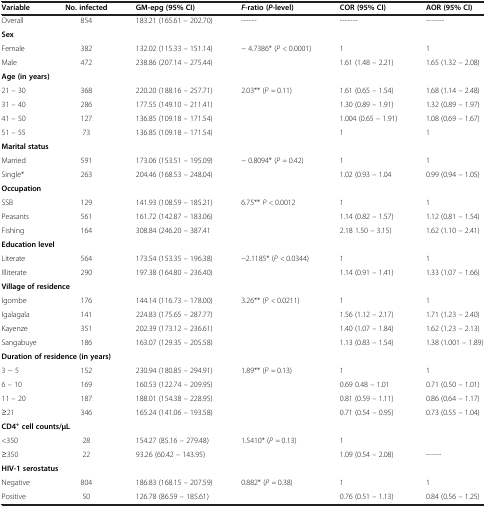
<table><thead><tr><td><b>Variable</b></td><td><b>No. infected</b></td><td><b>GM-epg (95% CI)</b></td><td><b><i>F</i>-ratio (<i>P</i>-level)</b></td><td><b>COR (95% CI)</b></td><td><b>AOR (95% CI)</b></td></tr></thead><tbody><tr><td>Overall</td><td>854</td><td>183.21 (165.61 – 202.70)</td><td>------</td><td>-------</td><td>-------</td></tr><tr><td colspan="6"><b>Sex</b></td></tr><tr><td>Female</td><td>382</td><td>132.02 (115.33 – 151.14)</td><td rowspan="2">− 4.7386* (<i>P &lt;</i> 0.0001)</td><td>1</td><td>1</td></tr><tr><td>Male</td><td>472</td><td>238.86 (207.14 – 275.44)</td><td>1.61 (1.48 – 2.21)</td><td>1.65 (1.32 – 2.08)</td></tr><tr><td colspan="6"><b>Age (in years)</b></td></tr><tr><td>21 – 30</td><td>368</td><td>220.20 (188.16 – 257.71)</td><td rowspan="4">2.03** (<i>P =</i> 0.11)</td><td>1.61 (0.65 – 1.54)</td><td>1.68 (1.14 – 2.48)</td></tr><tr><td>31 – 40</td><td>286</td><td>177.55 (149.10 – 211.41)</td><td>1.30 (0.89 – 1.91)</td><td>1.32 (0.89 – 1.97)</td></tr><tr><td>41 – 50</td><td>127</td><td>136.85 (109.18 – 171.54)</td><td>1.004 (0.65 – 1.91)</td><td>1.08 (0.69 – 1.67)</td></tr><tr><td>51 – 55</td><td>73</td><td>136.85 (109.18 – 171.54)</td><td>1</td><td>1</td></tr><tr><td colspan="6"><b>Marital status</b></td></tr><tr><td>Married</td><td>591</td><td>173.06 (153.51 – 195.09)</td><td rowspan="2">− 0.8094* (<i>P =</i> 0.42)</td><td>1</td><td>1</td></tr><tr><td>Single*</td><td>263</td><td>204.46 (168.53 – 248.04)</td><td>1.02 (0.93 – 1.04</td><td>0.99 (0.94 – 1.05)</td></tr><tr><td colspan="6"><b>Occupation</b></td></tr><tr><td>SSB</td><td>129</td><td>141.93 (108.59 – 185.21)</td><td rowspan="3">6.75** <i>P &lt;</i> 0.0012</td><td>1</td><td>1</td></tr><tr><td>Peasants</td><td>561</td><td>161.72 (142.87 – 183.06)</td><td>1.14 (0.82 – 1.57)</td><td>1.12 (0.81 – 1.54)</td></tr><tr><td>Fishing</td><td>164</td><td>308.84 (246.20 – 387.41</td><td>2.18 1.50 – 3.15)</td><td>1.62 (1.10 – 2.41)</td></tr><tr><td colspan="6"><b>Education level</b></td></tr><tr><td>Literate</td><td>564</td><td>173.54 (153.35 – 196.38)</td><td rowspan="2">−2.1185* (<i>P &lt;</i> 0.0344)</td><td>1</td><td>1</td></tr><tr><td>Illiterate</td><td>290</td><td>197.38 (164.80 – 236.40)</td><td>1.14 (0.91 – 1.41)</td><td>1.33 (1.07 – 1.66)</td></tr><tr><td colspan="6"><b>Village of residence</b></td></tr><tr><td>Igombe</td><td>176</td><td>144.14 (116.73 – 178.00)</td><td rowspan="4">3.26** (<i>P &lt;</i> 0.0211)</td><td>1</td><td>1</td></tr><tr><td>Igalagala</td><td>141</td><td>224.83 (175.65 – 287.77)</td><td>1.56 (1.12 – 2.17)</td><td>1.71 (1.23 – 2.40)</td></tr><tr><td>Kayenze</td><td>351</td><td>202.39 (173.12 – 236.61)</td><td>1.40 (1.07 – 1.84)</td><td>1.62 (1.23 – 2.13)</td></tr><tr><td>Sangabuye</td><td>186</td><td>163.07 (129.35 – 205.58)</td><td>1.13 (0.83 – 1.54)</td><td>1.38 (1.001 – 1.89)</td></tr><tr><td colspan="6"><b>Duration of residence (in years)</b></td></tr><tr><td>3 − 5</td><td>152</td><td>230.94 (180.85 – 294.91)</td><td rowspan="2">1.89** (<i>P =</i> 0.13)</td><td>1</td><td>1</td></tr><tr><td>6 – 10</td><td>169</td><td>160.53 (122.74 – 209.95)</td><td>0.69 0.48 – 1.01</td><td>0.71 (0.50 – 1.01)</td></tr><tr><td>11 – 20</td><td>187</td><td>188.01 (154.38 – 228.95)</td><td rowspan="2"></td><td>0.81 (0.59 – 1.11)</td><td>0.86 (0.64 – 1.17)</td></tr><tr><td>≥21</td><td>346</td><td>165.24 (141.06 – 193.58)</td><td>0.71 (0.54 – 0.95)</td><td>0.73 (0.55 – 1.04)</td></tr><tr><td colspan="6"><b>CD4</b><sup><b>+</b></sup><b>cell counts/μL</b></td></tr><tr><td>&lt;350</td><td>28</td><td>154.27 (85.16 – 279.48)</td><td rowspan="2">1.5410* (<i>P =</i> 0.13)</td><td>1</td><td></td></tr><tr><td>≥350</td><td>22</td><td>93.26 (60.42 – 143.95)</td><td>1.09 (0.54 – 2.08)</td><td>------</td></tr><tr><td colspan="6"><b>HIV-1 serostatus</b></td></tr><tr><td>Negative</td><td>804</td><td>186.83 (168.15 – 207.59)</td><td rowspan="2">0.882* (<i>P =</i> 0.38)</td><td>1</td><td>1</td></tr><tr><td>Positive</td><td>50</td><td>126.78 (86.59 – 185.61)</td><td>0.76 (0.51 – 1.13)</td><td>0.84 (0.56 – 1.25)</td></tr></tbody></table>